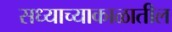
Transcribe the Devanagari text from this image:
सध्याच्याकाळातील